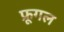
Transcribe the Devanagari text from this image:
फ्रूगल